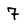
Character: 7